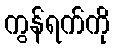
ကွန်ရက်ကို